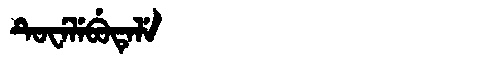
Manchu: ᡨᡠᠸᡝᠯᡝᠪᡠᡨᡝᠯᡝ
Romanization: TUWELEBUTELE